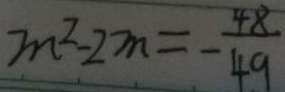
m ^ { 2 } - 2 m = - \frac { 4 8 } { 4 9 }